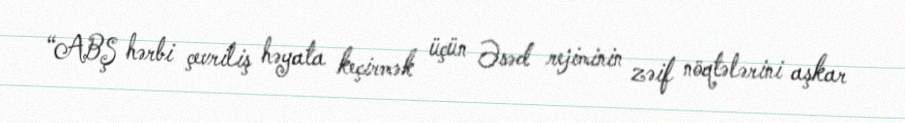
“ABŞ hərbi çevriliş həyata keçirmək üçün Əsəd rejiminin zəif nöqtələrini aşkar